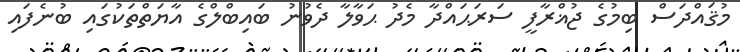
މުޤައްދަސް ބިމުގެ ޖުޣްރާފީ ސަރަޙައްދާ މެދު ޙަވާލާ ދެވުނު ބައިބްލްގެ އާޔަތްތަކުގައި ބުނެފައި